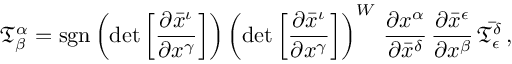
{ \mathfrak { T } } _ { \beta } ^ { \alpha } = \operatorname { s g n } \left( \operatorname* { d e t } { \left[ { \frac { \partial { \bar { x } } ^ { \iota } } { \partial { x } ^ { \gamma } } } \right] } \right) \left( \operatorname* { d e t } { \left[ { \frac { \partial { \bar { x } } ^ { \iota } } { \partial { x } ^ { \gamma } } } \right] } \right) ^ { W } \, { \frac { \partial { x } ^ { \alpha } } { \partial { \bar { x } } ^ { \delta } } } \, { \frac { \partial { \bar { x } } ^ { \epsilon } } { \partial { x } ^ { \beta } } } \, { \bar { \mathfrak { T } } } _ { \epsilon } ^ { \delta } \, ,